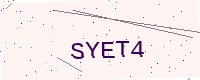
Text: SYET4